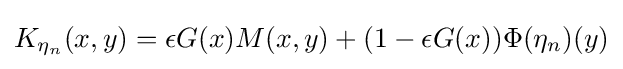
K_{\eta _{n}}(x,y)=\epsilon G(x)M(x,y)+(1-\epsilon G(x))\Phi (\eta _{n})(y)